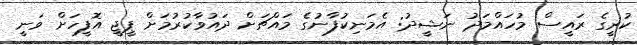
ކުރީގެ ރައީސް މުހައްމަދު ނަޝީދު: އެމަނިކުފާނުގެ މައްޗަށް ދައުވާކުރުމަށް ޕީޖީ އޮފީހަށް ވަނީ